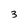
Character: 3